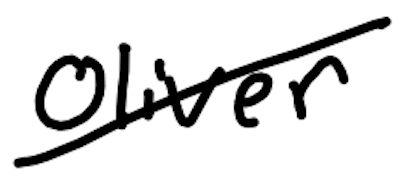
Text: Oliver
Cross-out: diagonal
Writing tool: digital_black